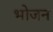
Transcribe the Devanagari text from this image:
भाेजन